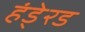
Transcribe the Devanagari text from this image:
हंडे्रड